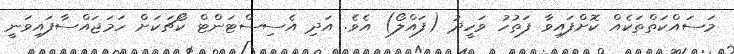
މަސައްކަތްތަކެއް ކޮށްފައިވާ ފަތުހު ވަހީދު (ފައްލޯ) އެވެ. އަދި އެސިސްޓަންޓް ކޯޗަކަށް ހަމަޖައްސާފައިވަނީ